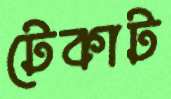
টেকাট